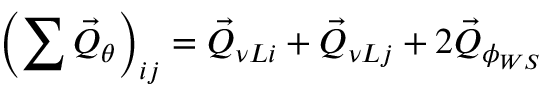
\left( \sum \vec { Q } _ { \theta } \right) _ { i j } = \vec { Q } _ { \nu L i } + \vec { Q } _ { \nu L j } + 2 \vec { Q } _ { \phi _ { W S } }